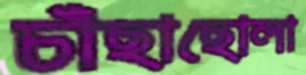
চাঁছাছোলা